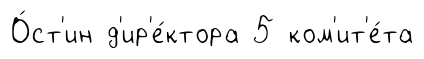
О́ст'ин д'ир'е́ктора 5 ком'ит'е́та